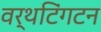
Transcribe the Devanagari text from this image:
वर्थटिंगटन